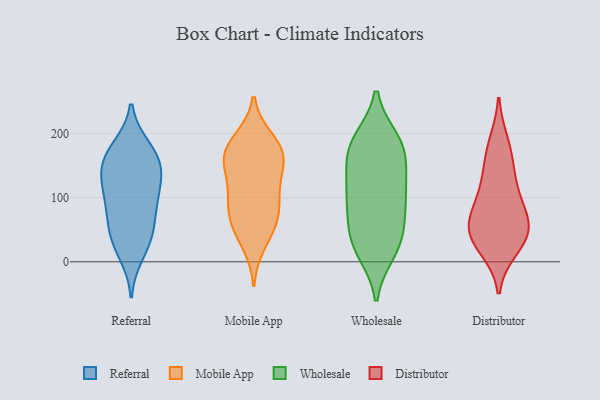
{"axis": {"x": "Population (Million)", "y": "Value"}, "legend": ["Distributor", "Mobile App", "Referral", "Wholesale"], "data": [{"x": "", "y": 167, "type": "Referral"}, {"x": "", "y": 31, "type": "Referral"}, {"x": "", "y": 12, "type": "Referral"}, {"x": "", "y": 178, "type": "Referral"}, {"x": "", "y": 47, "type": "Referral"}, {"x": "", "y": 111, "type": "Referral"}, {"x": "", "y": 43, "type": "Referral"}, {"x": "", "y": 149, "type": "Referral"}, {"x": "", "y": 88, "type": "Referral"}, {"x": "", "y": 140, "type": "Referral"}, {"x": "", "y": 123, "type": "Referral"}, {"x": "", "y": 172, "type": "Referral"}, {"x": "", "y": 72, "type": "Referral"}, {"x": "", "y": 96, "type": "Referral"}, {"x": "", "y": 144, "type": "Referral"}, {"x": "", "y": 190, "type": "Mobile App"}, {"x": "", "y": 180, "type": "Mobile App"}, {"x": "", "y": 159, "type": "Mobile App"}, {"x": "", "y": 102, "type": "Mobile App"}, {"x": "", "y": 67, "type": "Mobile App"}, {"x": "", "y": 171, "type": "Mobile App"}, {"x": "", "y": 145, "type": "Mobile App"}, {"x": "", "y": 172, "type": "Mobile App"}, {"x": "", "y": 57, "type": "Mobile App"}, {"x": "", "y": 29, "type": "Mobile App"}, {"x": "", "y": 146, "type": "Mobile App"}, {"x": "", "y": 60, "type": "Mobile App"}, {"x": "", "y": 97, "type": "Mobile App"}, {"x": "", "y": 101, "type": "Mobile App"}, {"x": "", "y": 35, "type": "Wholesale"}, {"x": "", "y": 100, "type": "Wholesale"}, {"x": "", "y": 17, "type": "Wholesale"}, {"x": "", "y": 190, "type": "Wholesale"}, {"x": "", "y": 76, "type": "Wholesale"}, {"x": "", "y": 188, "type": "Wholesale"}, {"x": "", "y": 32, "type": "Wholesale"}, {"x": "", "y": 189, "type": "Wholesale"}, {"x": "", "y": 153, "type": "Wholesale"}, {"x": "", "y": 122, "type": "Wholesale"}, {"x": "", "y": 170, "type": "Wholesale"}, {"x": "", "y": 84, "type": "Wholesale"}, {"x": "", "y": 126, "type": "Wholesale"}, {"x": "", "y": 51, "type": "Wholesale"}, {"x": "", "y": 102, "type": "Wholesale"}, {"x": "", "y": 15, "type": "Wholesale"}, {"x": "", "y": 167, "type": "Wholesale"}, {"x": "", "y": 164, "type": "Distributor"}, {"x": "", "y": 110, "type": "Distributor"}, {"x": "", "y": 37, "type": "Distributor"}, {"x": "", "y": 129, "type": "Distributor"}, {"x": "", "y": 53, "type": "Distributor"}, {"x": "", "y": 43, "type": "Distributor"}, {"x": "", "y": 184, "type": "Distributor"}, {"x": "", "y": 72, "type": "Distributor"}, {"x": "", "y": 82, "type": "Distributor"}, {"x": "", "y": 46, "type": "Distributor"}, {"x": "", "y": 22, "type": "Distributor"}]}